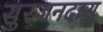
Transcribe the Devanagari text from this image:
सुरजनदास